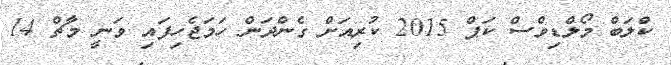
ކްލަބް މޯލްޑިވްސް ކަޕް 2015 ކުރިއަށް ގެންދަން ހަމަޖެހިފައި ވަނީ މާޗް 14